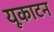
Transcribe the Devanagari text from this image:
यूकाटन